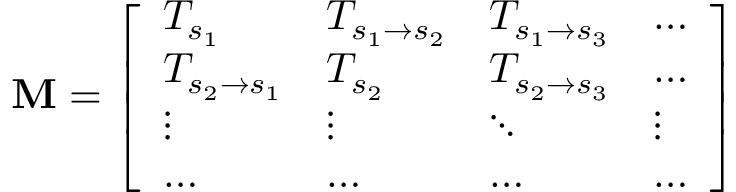
\mathbf { M } = \left[ \begin{array} { l l l l } { T _ { s _ { 1 } } } & { T _ { s _ { 1 } \rightarrow s _ { 2 } } } & { T _ { s _ { 1 } \rightarrow s _ { 3 } } } & { \dots } \\ { T _ { s _ { 2 } \rightarrow s _ { 1 } } } & { T _ { s _ { 2 } } } & { T _ { s _ { 2 } \rightarrow s _ { 3 } } } & { \dots } \\ { \vdots } & { \vdots } & { \ddots } & { \vdots } \\ { \dots } & { \dots } & { \dots } & { \dots } \end{array} \right]